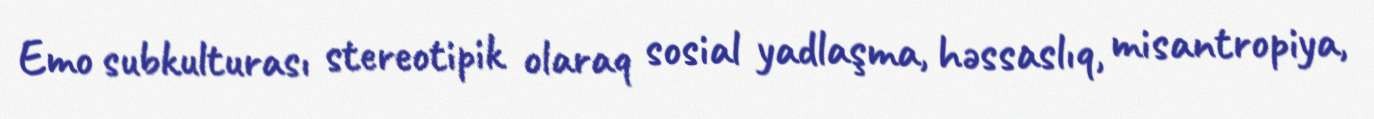
Emo subkulturası stereotipik olaraq sosial yadlaşma, həssaslıq, misantropiya,